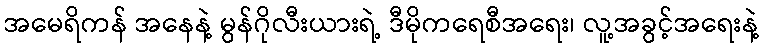
အမေရိကန် အနေနဲ့ မွန်ဂိုလီးယားရဲ့ ဒီမိုကရေစီအရေး၊ လူ့အခွင့်အရေးနဲ့